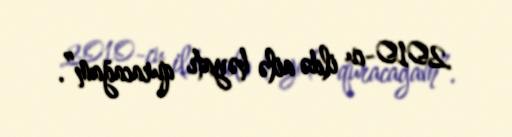
2010-cu ildə ailə həyatı quracağam”.